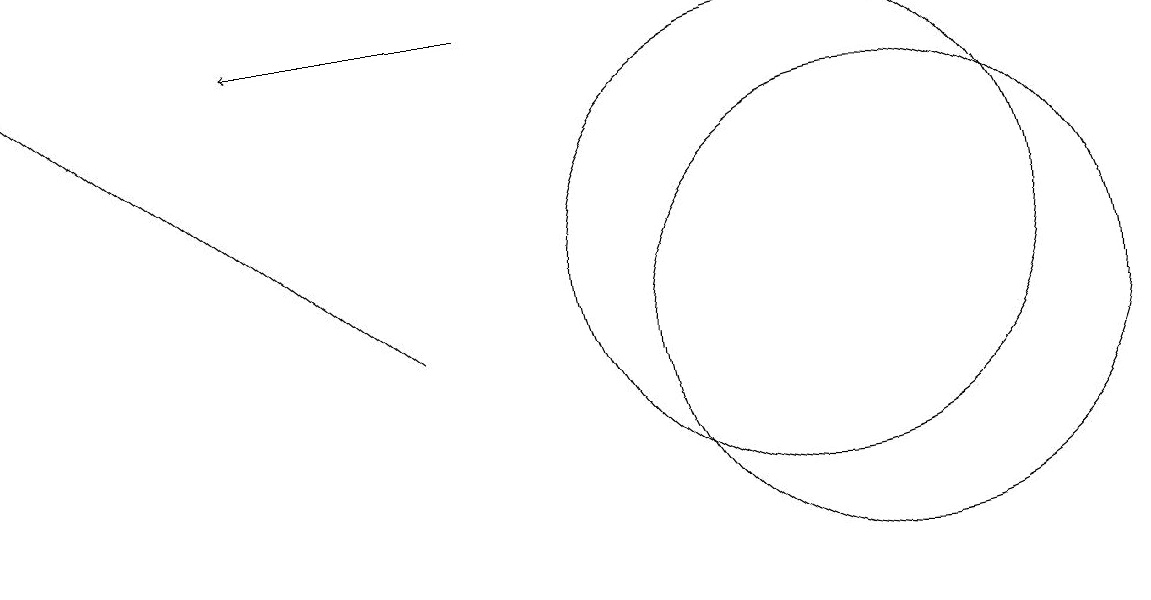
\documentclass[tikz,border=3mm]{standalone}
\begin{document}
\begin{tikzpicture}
\draw[->] (6,15) -- (3,15);
\draw (10,12) circle (3);
\draw (11,11) circle (3);
\draw[->] (5,11) -- (0,15);
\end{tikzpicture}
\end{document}